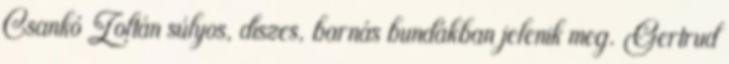
Csankó Zoltán súlyos, díszes, barnás bundákban jelenik meg. Gertrud